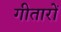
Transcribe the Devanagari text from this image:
गीतारों